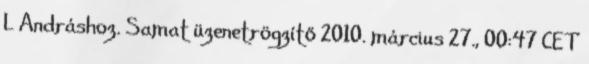
L Andráshoz. Samat üzenetrögzítő 2010. március 27., 00:47 CET